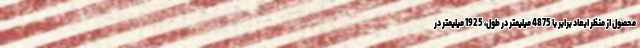
محصول از منظر ابعاد برابر با 4875 میلیمتر در طول، 1925 میلیمتر در